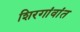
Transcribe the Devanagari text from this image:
शिरगांवांत